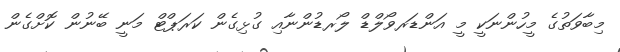
މިބާވަތުގެ މީހުންނަކީ މީ އަންޑަރވޯލްޑް ލޯރޑުންނާއި ގުޅިގެން ކަރަޕްޓް މަނީ ބޭނުން ކޮށްގެން